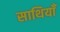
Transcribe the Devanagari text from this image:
साथियाँ